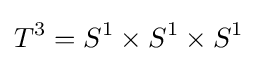
T^{3}=S^{1}\times S^{1}\times S^{1}